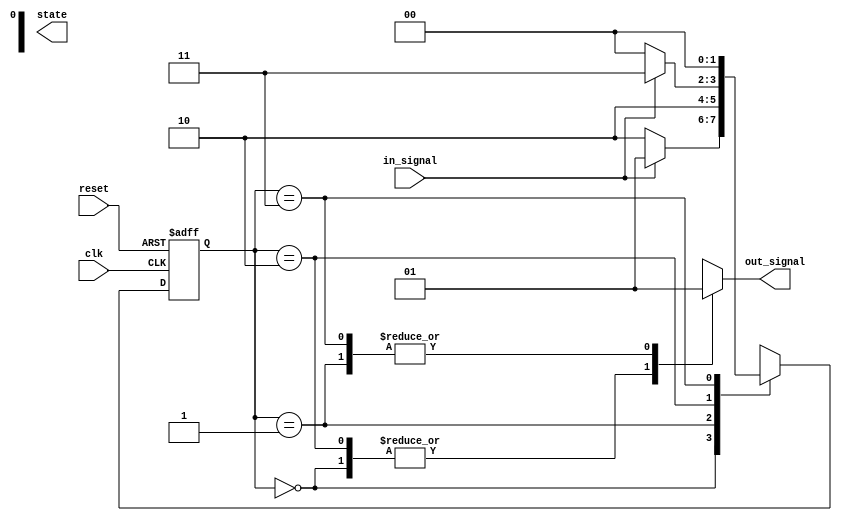
module fsm (
    input wire clk, // clock input
    input wire reset, // synchronous reset input
    input wire in_signal, // input signal
    output reg out_signal, // output signal
    output reg [1:0] state // state variable
);

// Define states
parameter state_A = 2'b00;
parameter state_B = 2'b01;
parameter state_C = 2'b10;
parameter state_D = 2'b11;

// State register
reg [1:0] current_state;
always @(posedge clk or posedge reset)
begin
    if (reset)
        current_state <= state_A;
    else
        current_state <= next_state;
end

// Combinational logic
reg [1:0] next_state;
always @(*)
begin
    case (current_state)
        state_A: begin
            if (in_signal)
                next_state = state_B;
            else
                next_state = state_C;
        end
        state_B: begin
            next_state = state_C;
        end
        state_C: begin
            if (in_signal)
                next_state = state_D;
            else
                next_state = state_A;
        end
        state_D: begin
            next_state = state_A;
        end
    endcase
end

// Output logic
always @(*)
begin
    case (current_state)
        state_A: out_signal = 1'b0;
        state_B: out_signal = 1'b1;
        state_C: out_signal = 1'b0;
        state_D: out_signal = 1'b1;
    endcase
end

endmodule